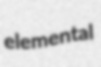
elemental